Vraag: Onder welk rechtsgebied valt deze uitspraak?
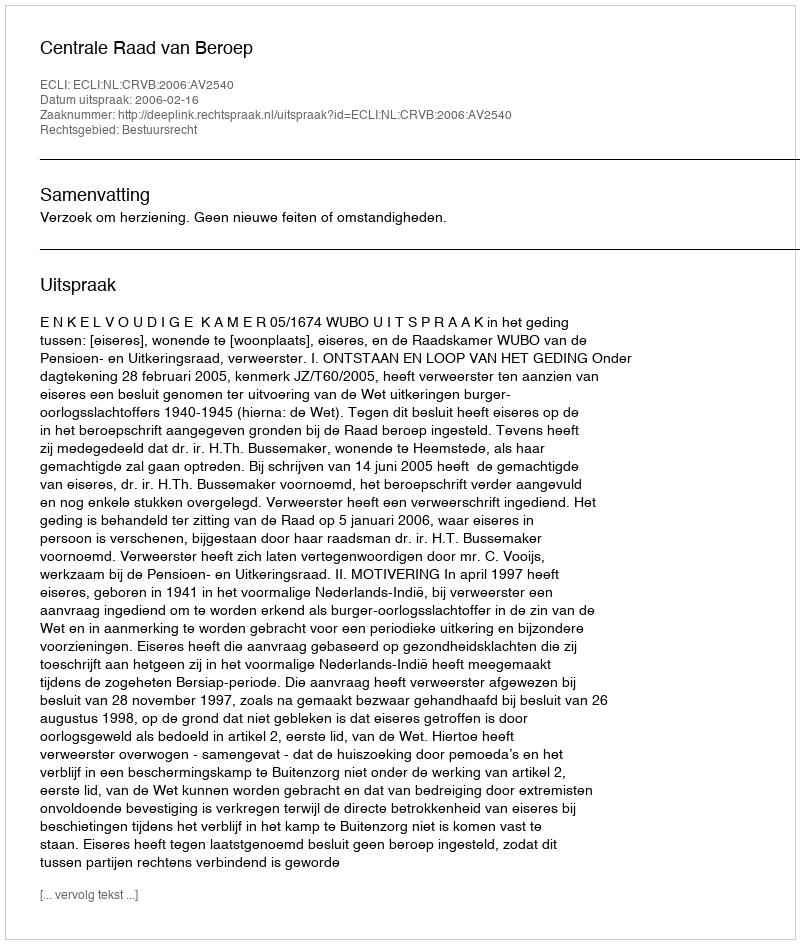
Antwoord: Bestuursrecht